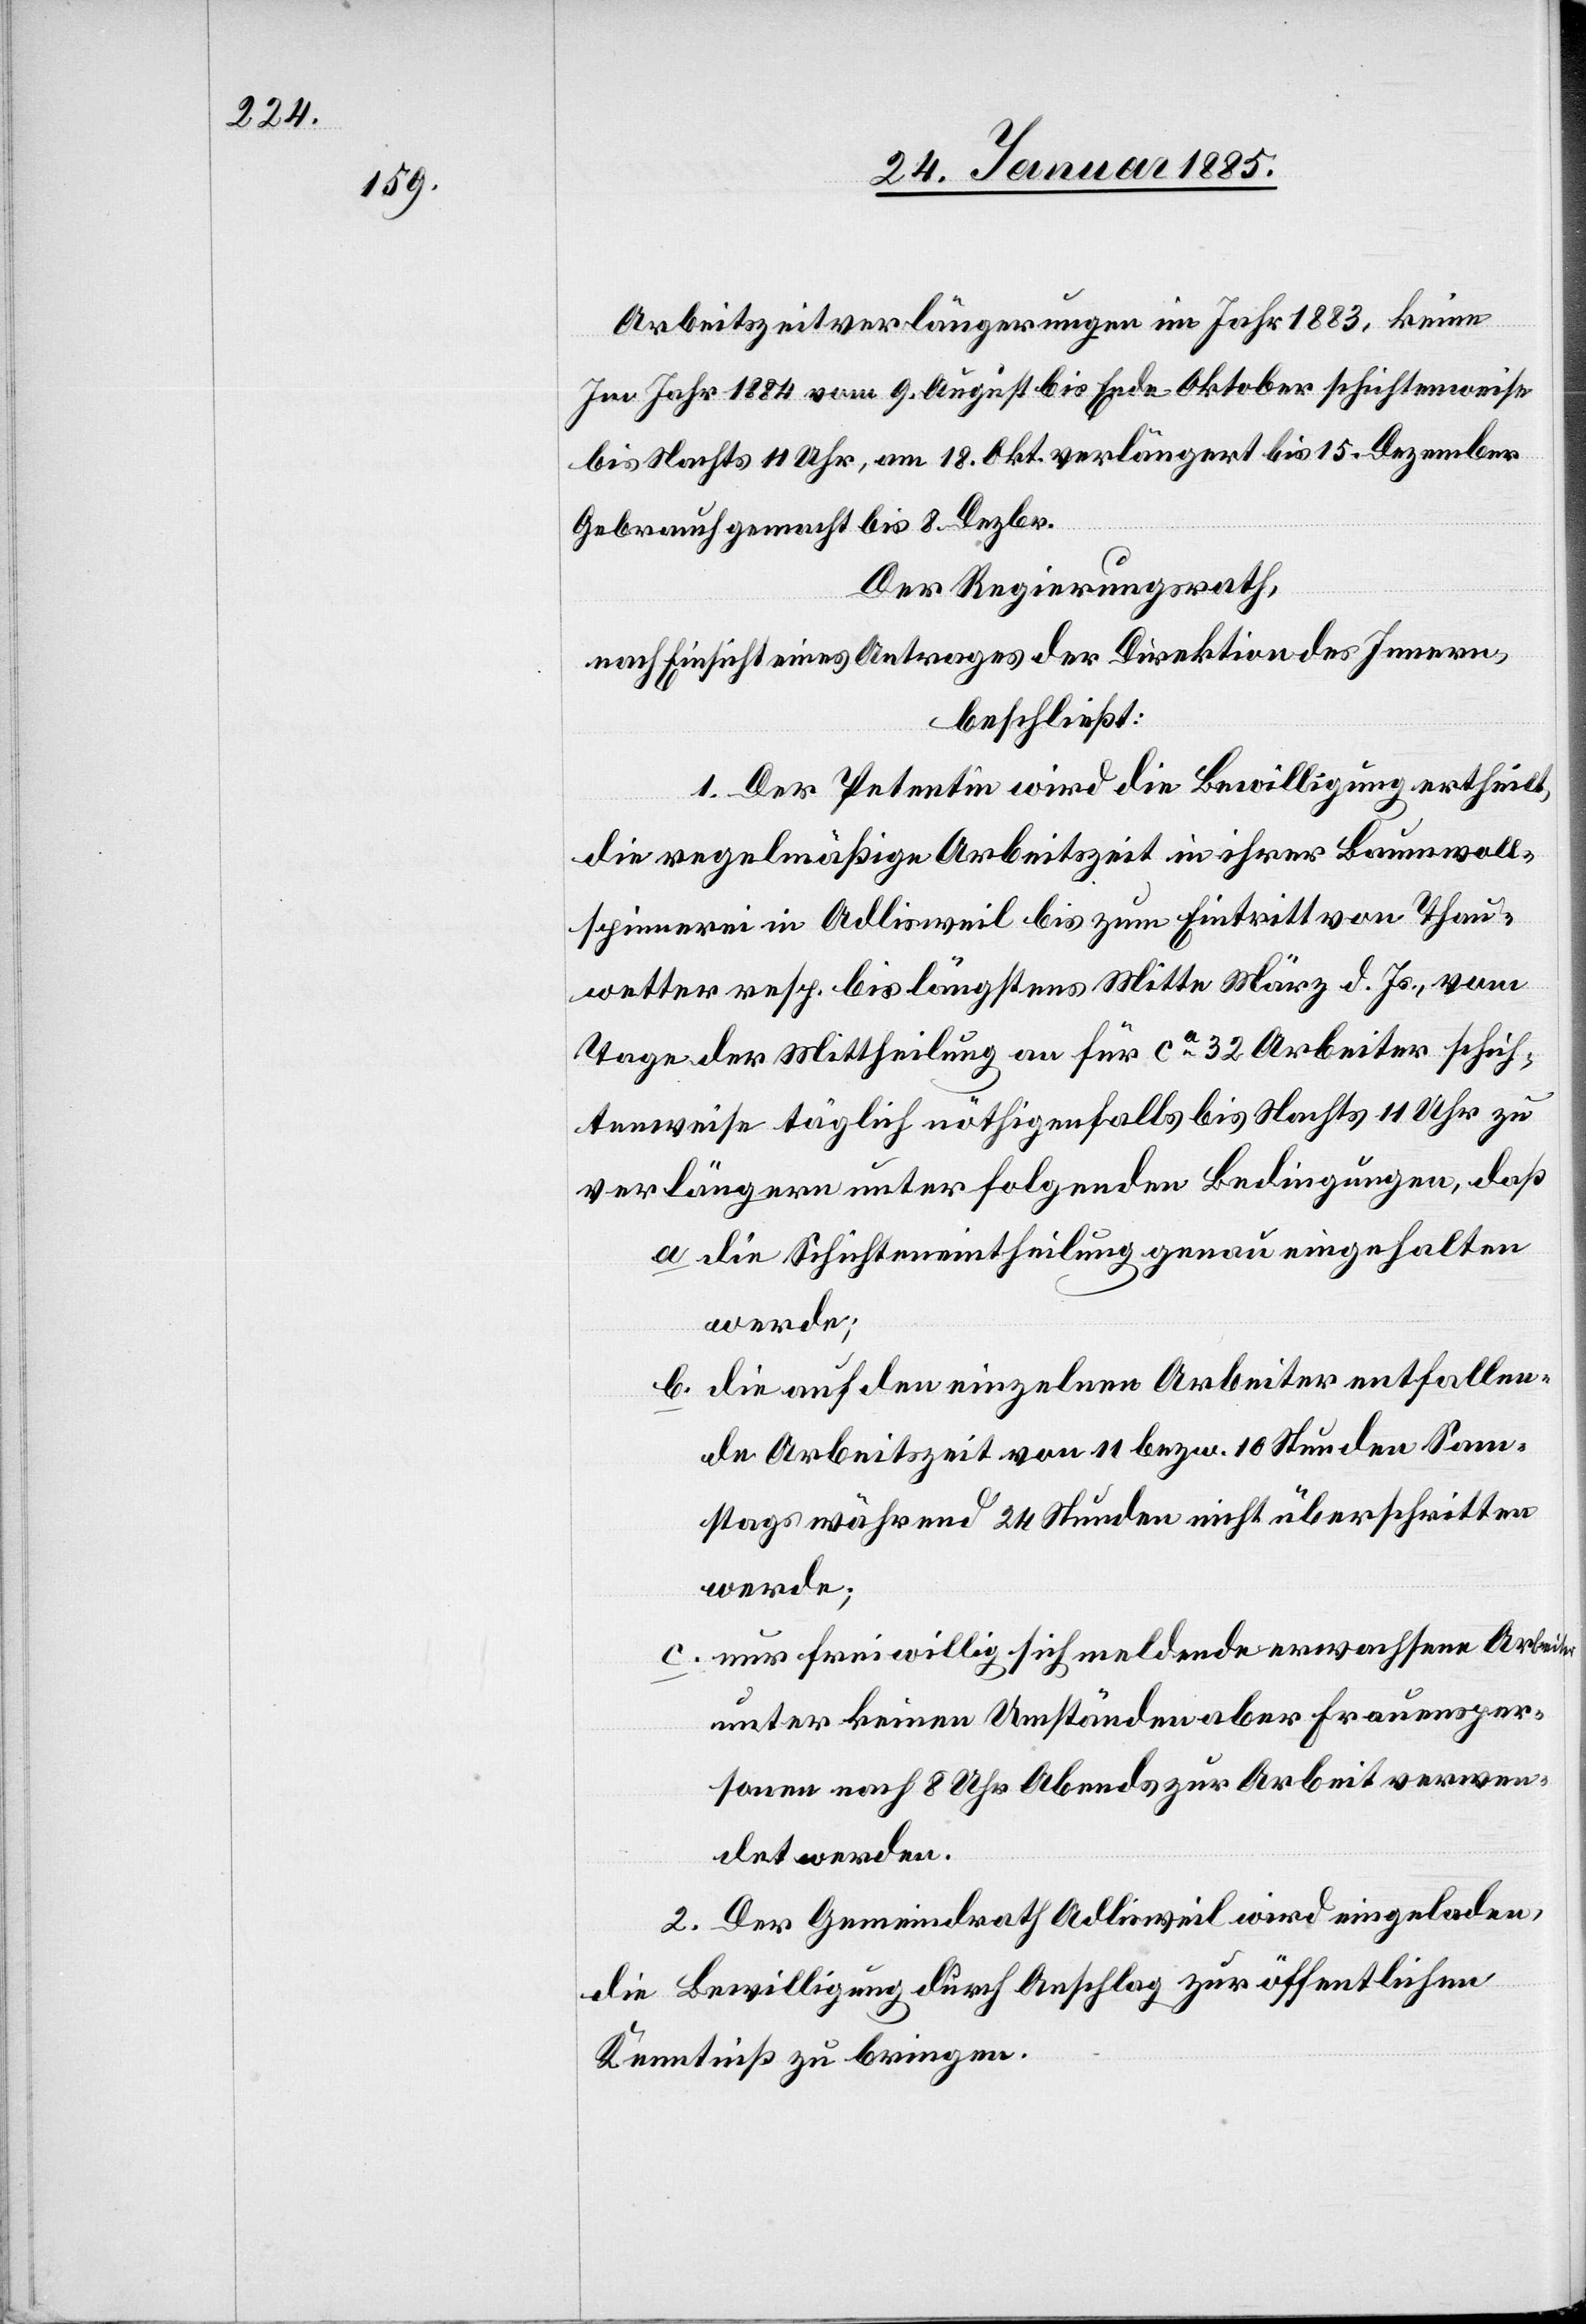
Arbeitszeitverlängerungen im Jahr 1883, keine
Im Jahr 1884 vom 9. August bis Ende Oktober schichtenweise
bis Nachts 11 Uhr, am 18. Okt. verlängert bis 15. Dezember
Gebrauch gemacht bis 8. Dezbr.
Der Regierungsrath,
nach Einsicht eines Antrages der Direktion des Innern,
beschließt:
1. Der Petentin wird die Bewilligung ertheilt,
die regelmäßige Arbeitszeit in ihrer Bauwoll¬
spinnerei in Adlisweil bis zum Eintritt von Thau¬
wetter resp. bis längstens Mitte März d. Js., vom
Tage der Mittheilung an für ca 32 Arbeiter schich¬
tensweise täglich nöthigenfalls bis Nachts 11 Uhr zu
verlängern unter folgenden Bedingungen, daß
a. die Schichteneintheilung genau eingehalten
werde;
b. die auf den einzelnen Arbeiter entfallen¬
de Arbeitszeit von 11 bezw. 10 Stunden den Sam¬
stags während 24 Stunden nicht überschritten
werde;
c. nur freiwillig sich meldende erwachsene Arbeiter
unter keinen Umständen aber Frauensper¬
sonen nach 8 Uhr Abends zur Arbeit verwen¬
det werden.
2. Der Gemeindrath Adlisweil wird eingeladen,
die Bewilligung durch Anschlag zur öffentlichen
Kenntniß zu bringen.